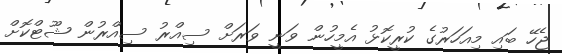
ޖެހޭ ބައި މިއަހަރުގެ ކުރީކޮޅު އެމީހުން ވަނީ ވަރަށް ސިއްރު ސިއްރުން ޝޫޓްކޮށް